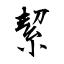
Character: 絜